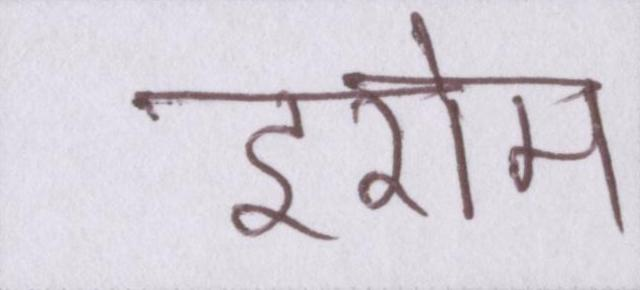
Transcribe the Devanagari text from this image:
इरोम